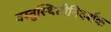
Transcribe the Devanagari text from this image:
वस्तुस्थितीनिदर्शक